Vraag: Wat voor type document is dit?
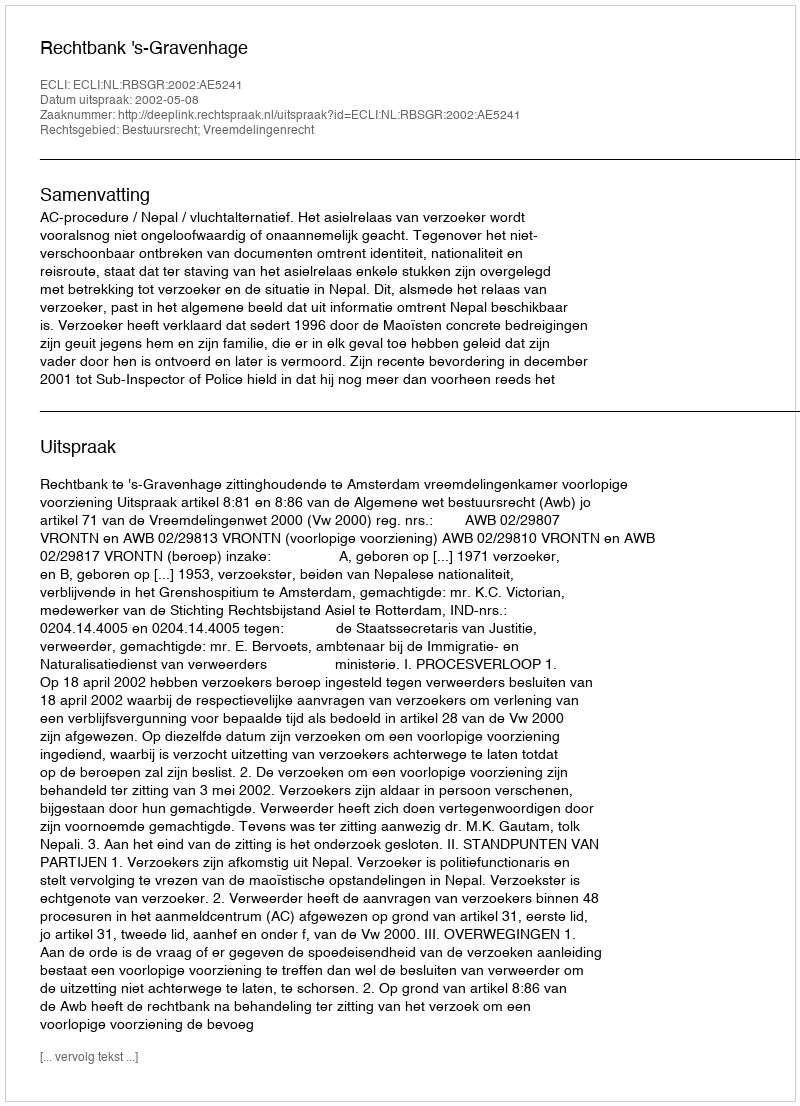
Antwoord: Uitspraak